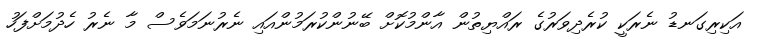
އަކިރިގަނޑު ނެރަކީ ކުރެދިވަރުގެ ރައްޔިތުން އާންމުކޮށް ބޭނުންކުރަމުންއައި ނެރުނަމަވެސް މާ ނެރު ހެދުމަށްފަހު